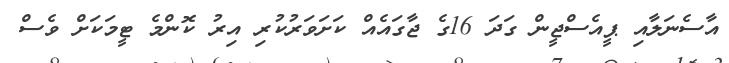
އާސެނަލާއި ޕީއެސްޖީން ގަދަ 16ގެ ޖާގައެއް ކަށަވަރުކުރި އިރު ކޮންމެ ޓީމަކަށް ވެސް